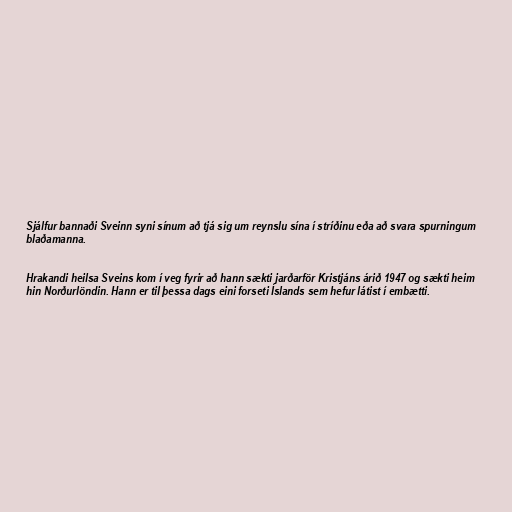
Sjálfur bannaði Sveinn syni sínum að tjá sig um reynslu sína í stríðinu eða að svara spurningum
blaðamanna.

Hrakandi heilsa Sveins kom í veg fyrir að hann sækti jarðarför Kristjáns árið 1947 og sækti heim
hin Norðurlöndin. Hann er til þessa dags eini forseti Íslands sem hefur látist í embætti.